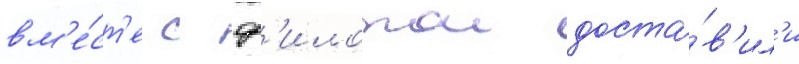
вм'е́ст'е с ф'илотои доста́в'ил'и